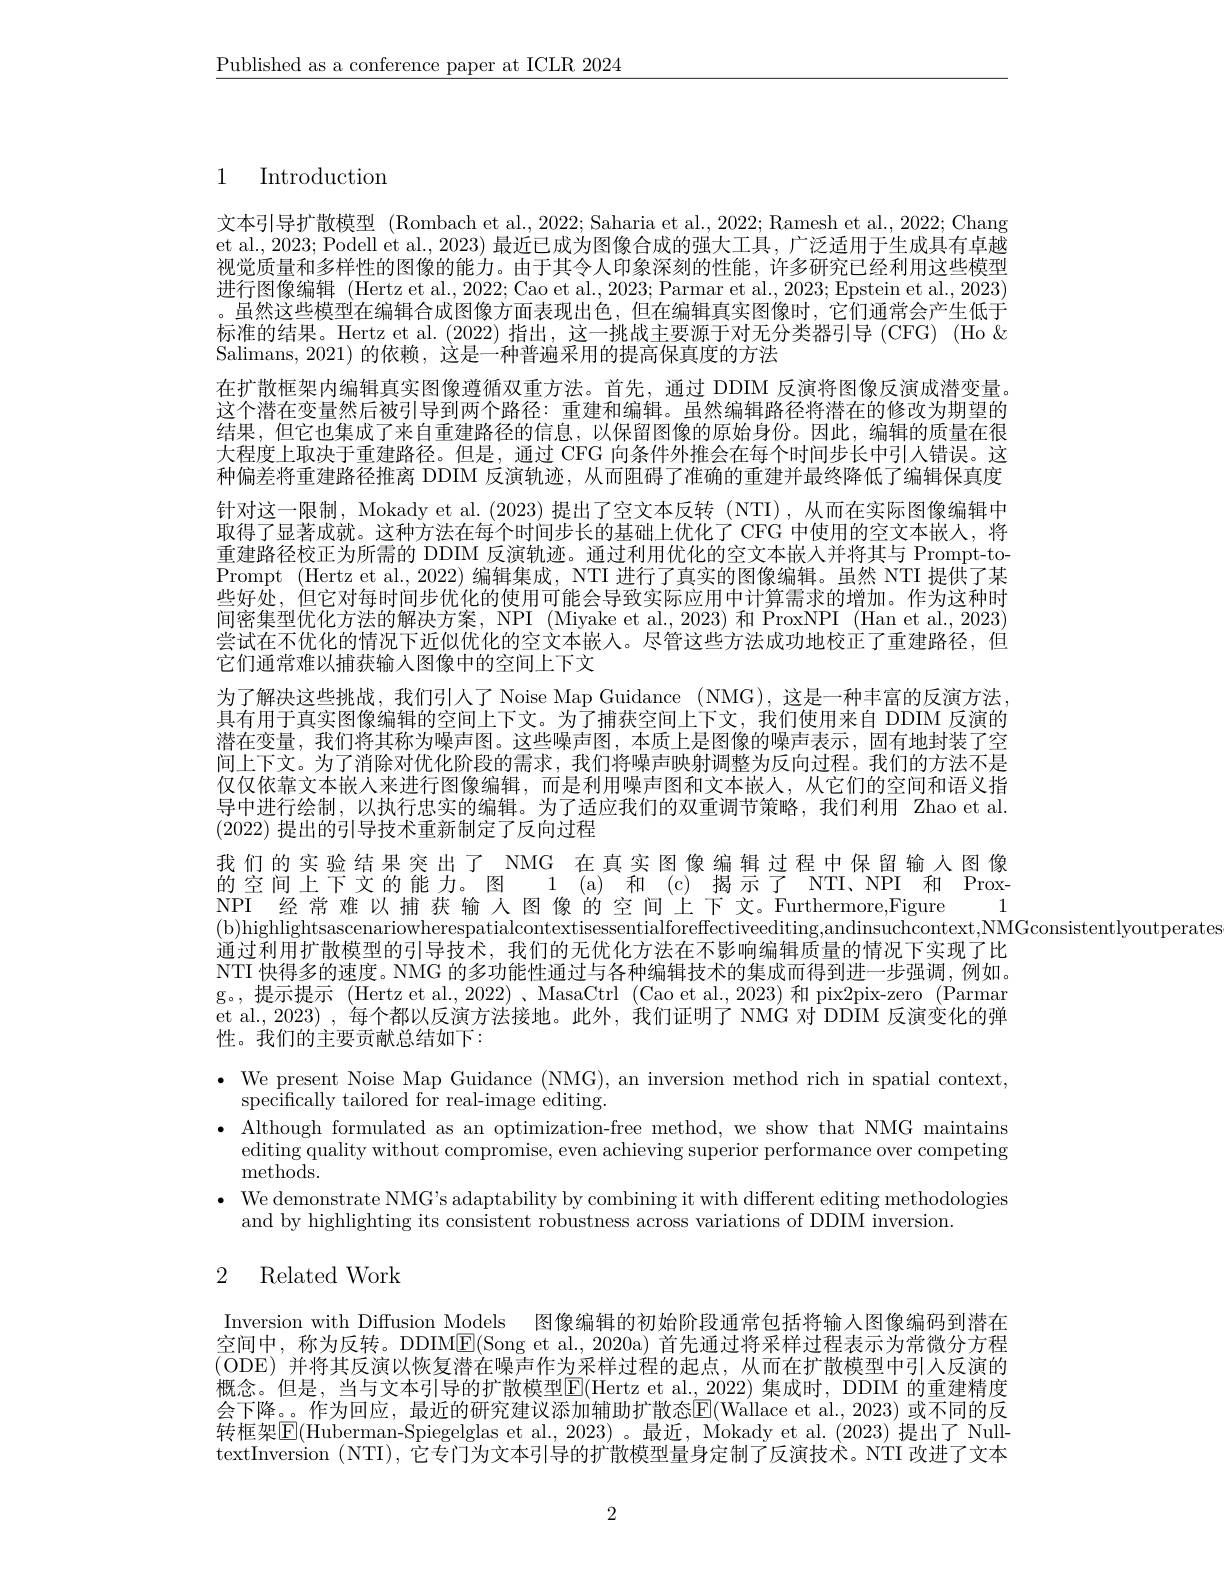
$\underline{\text{Published as a conference paper at ICLR 2024}}$

1 Introduction

文本引导扩散模型 (Rombach et al., 2022; Saharia et al., 2022; Ramesh et al., 2022; Chang et al., 2023; Podell et al., 2023) 最近已成为图像合成的强大工具，广泛适用于生成具有卓越视觉质量和多样性的图像的能力。由于其令人印象深刻的性能，许多研究已经利用这些模型进行图像编辑 (Hertz et al., 2022; Cao et al., 2023; Parmar et al., 2023; Epstein et al., 2023) 。虽然这些模型在编辑合成图像方面表现出色，但在编辑真实图像时，它们通常会产生低于标准的结果。Hertz et al. (2022)指出，这一挑战主要源于对无分类器引导 (CFG) (Ho & Salimans, 2021) 的依赖，这是一种普遍采用的提高保真度的方法
在扩散框架内编辑真实图像遵循双重方法。首先，通过 DDIM 反演将图像反演成潜变量。这个潜在变量然后被引导到两个路径：重建和编辑。虽然编辑路径将潜在的修改为期望的结果，但它也集成了来自重建路径的信息，以保留图像的原始身份。因此，编辑的质量在很大程度上取决于重建路径。但是，通过 CFG 向条件外推会在每个时间步长中引人错误。这种偏差将重建路径推离 DDIM 反演轨迹，从而阻碍了准确的重建并最终降低了编辑保真度针对这一限制，Mokady et al. (2023) 提出了空文本反转 (NTI),从而在实际图像编辑中取得了显著成就。这种方法在每个时间步长的基础上优化了 CFG 中使用的空文本嵌人，将重建路径校正为所需的 DDIM 反演轨迹。通过利用优化的空文本嵌人并将其与 Prompt-toPrompt (Hertz et al., 2022) 编辑集成，NTI 进行了真实的图像编辑。虽然 NTI 提供了某些好处，但它对每时间步优化的使用可能会导致实际应用中计算需求的增加。作为这种时间密集型优化方法的解决方案，NPI (Miyake et al.,2023) 和 ProxNPI (Han et al., 2023) 尝试在不优化的情况下近似优化的空文本嵌人。尽管这些方法成功地校正了重建路径，但它们通常难以捕获输入图像中的空间上下文
为了解决这些挑战，我们引人了 Noise Map Guidance (NMG), 这是一种丰富的反演方法， 具有用于真实图像编辑的空间上下文。为了捕获空间上下文，我们使用来自 DDIM 反演的潜在变量，我们将其称为噪声图。这些噪声图，本质上是图像的噪声表示，固有地封装了空间上下文。为了消除对优化阶段的需求，我们将噪声映射调整为反向过程。我们的方法不是仅仅依靠文本嵌人来进行图像编辑，而是利用噪声图和文本嵌人，从它们的空间和语义指导中进行绘制，以执行忠实的编辑。为了适应我们的双重调节策略，我们利用 Zhao et al. (2022)提出的引导技术重新制定了反向过程
我们的实验结果突出了 NMG 在真实图像编辑过程中保留输人图像的空间上下文的能力。图 1 (a)和 (c)揭示了 NTI、NPI 和 ProxNPI 经常难以捕获输入图像的空间上下文。Furthermore.Figure 1 (b)highlightsascenariowherespatialcontextisessentialforeffectiveediting,andinsuchcontext,NMGconsistentlyoutperates
通过利用扩散模型的引导技术，我们的无优化方法在不影响编辑质量的情况下实现了比NTI 快得多的速度。NMG 的多功能性通过与各种编辑技术的集成而得到进一步强调，例如。g。,提示提示 (Hertz et al., 2022) 、MasaCtrl (Cao et al., 2023) 和 pix2pix-zero (Parmar et al., 2023) , 每个都以反演方法接地。此外，我们证明了 NMG 对 DDIM 反演变化的弹性。我们的主要贡献总结如下：
$\bullet$ We present Noise Map Guidance (NMG), an inversion method rich in spatial context,
specifically tailored for real-image editing.
$\bullet$ Although formulated as an optimization-free method, we show that NMG maintains
editing quality without compromise, even achieving superior performance over competing
methods.
$\bullet$ We demonstrate NMG's adaptability by combining it with different editing methodologies
and by highlighting its consistent robustness across variations of DDIM inversion.
2 Related Work

Inversion with Diffusion Models 图像编辑的初始阶段通常包括将输入图像编码到潜在空间中，称为反转。DDIME(Song et al., 2020a) 首先通过将采样过程表示为常微分方程(ODE)并将其反演以恢复潜在噪声作为采样过程的起点，从而在扩散模型中引人反演的概念。但是，当与文本引导的扩散模型$\boxed{\mathrm{E}}($Hertz et al.,2022)集成时，DDIM 的重建精度会下降。。作为回应，最近的研究建议添加辅助扩散态E(Wallace et al.,2023) 或不同的反转框架$\boxed{\mathrm{E}}($Huberman-Spiegelglas et al., 2023)。最近，Mokady et al. (2023) 提出了 NulltextInversion (NTI), 它专门为文本引导的扩散模型量身定制了反演技术。NTI 改进了文本

2